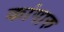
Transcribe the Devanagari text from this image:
कांगारु